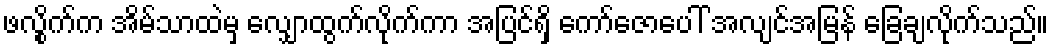
ဖလွိုက်က အိမ်သာထဲမှ လျှောထွက်လိုက်ကာ အပြင်ရှိ ကော်ဇောပေါ် အလျင်အမြန် ခြေချလိုက်သည်။